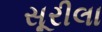
સૂરીલા